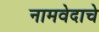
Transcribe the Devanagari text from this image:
नामवेदाचे